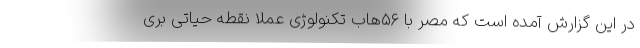
در این گزارش آمده است که مصر با ۵۶هاب تکنولوژی عملاً نقطه حیاتی بری